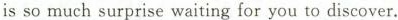
is so much surprise waiting for you to discover.